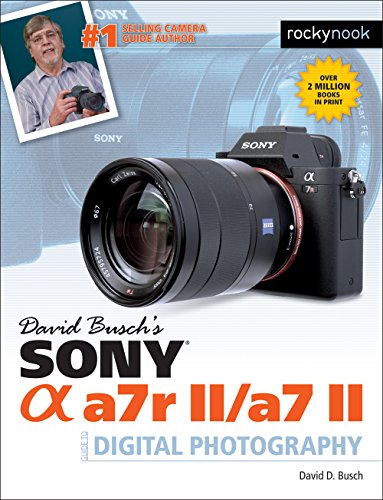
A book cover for David Busch's Sony Alpha a7r II/a7 II Guide to Digital PhotographyÂ Â ; David D. Busch; Arts & Photography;